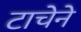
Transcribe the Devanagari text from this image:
टाचेने